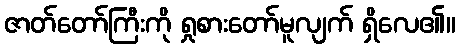
ဇာတ်တော်ကြီးကို ရှုစားတော်မူလျက် ရှိလေ၏။